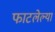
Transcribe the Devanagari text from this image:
फाटलेल्या